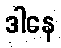
ဒါနေ